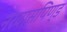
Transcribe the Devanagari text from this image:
नरवासपिण्ड